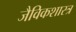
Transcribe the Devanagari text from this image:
जैविकशास्त्र